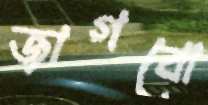
জাগবো